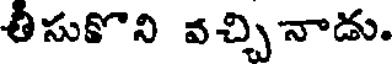
తీసుకొని వచ్చి నాడు.